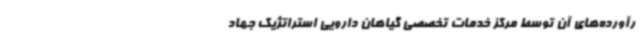
رآورده‌های آن توسط مرکز خدمات تخصصی گیاهان دارویی استراتژیک جهاد